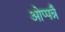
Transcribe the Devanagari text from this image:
ओप्पन्नै